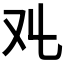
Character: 𠬜